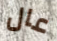
عال